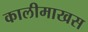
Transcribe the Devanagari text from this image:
कालीमाखस